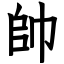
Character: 帥